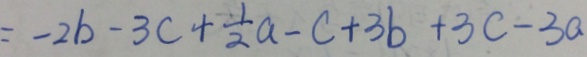
= - 2 b - 3 c + \frac { 1 } { 2 } a - c + 3 b + 3 c - 3 a